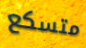
متسكع